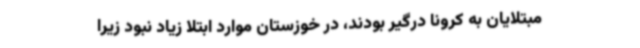
مبتلایان به کرونا درگیر بودند، در خوزستان موارد ابتلا زیاد نبود زیرا